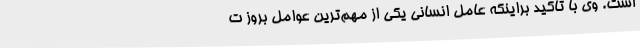
است. وی با تأکید براینکه عامل انسانی یکی از مهم‌ترین عوامل بروز ت